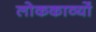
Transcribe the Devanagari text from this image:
लोककाव्यों